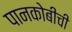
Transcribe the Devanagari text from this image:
पानकोबीची